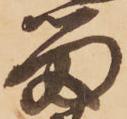
留